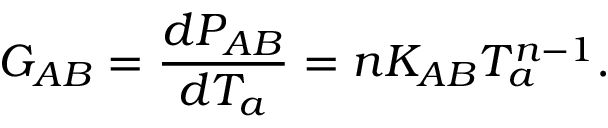
G _ { A B } = \frac { d P _ { A B } } { d T _ { a } } = n K _ { A B } T _ { a } ^ { n - 1 } .